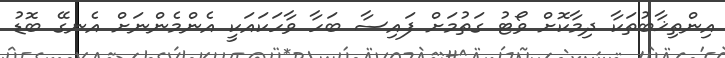
އިންތިޚާބުތަކާ ދިމާކޮށް ވޯޓު ގަތުމަށް ފައިސާ ބަހާ ވާހަކައަކީ އެންމެންނަށް އެނގޭ ބޮޑު